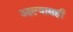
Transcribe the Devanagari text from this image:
आल्यासही